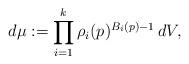
LaTeX: \begin{align*}d\mu := \prod_{i=1}^k \rho_i(p)^{B_i(p)-1}\, dV,\end{align*}